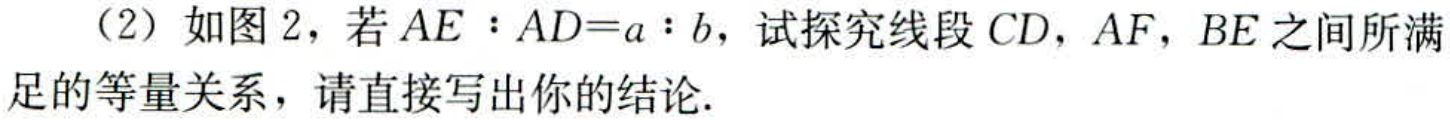
（2）如图2，若\(AE:AD = a:b\)，试探究线段\(CD\)，\(AF\)，\(BE\)之间所满足的等量关系，请直接写出你的结论.